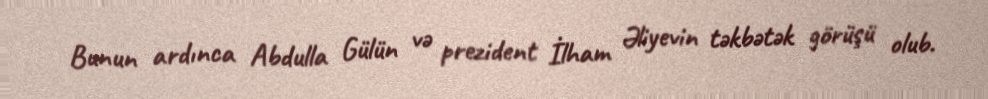
Bunun ardınca Abdulla Gülün və prezident İlham Əliyevin təkbətək görüşü olub.